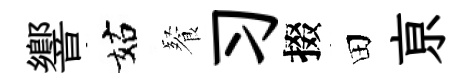
響姑餐习掇田亰